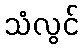
သံလွင်